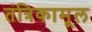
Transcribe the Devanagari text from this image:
तंत्रिकामूल